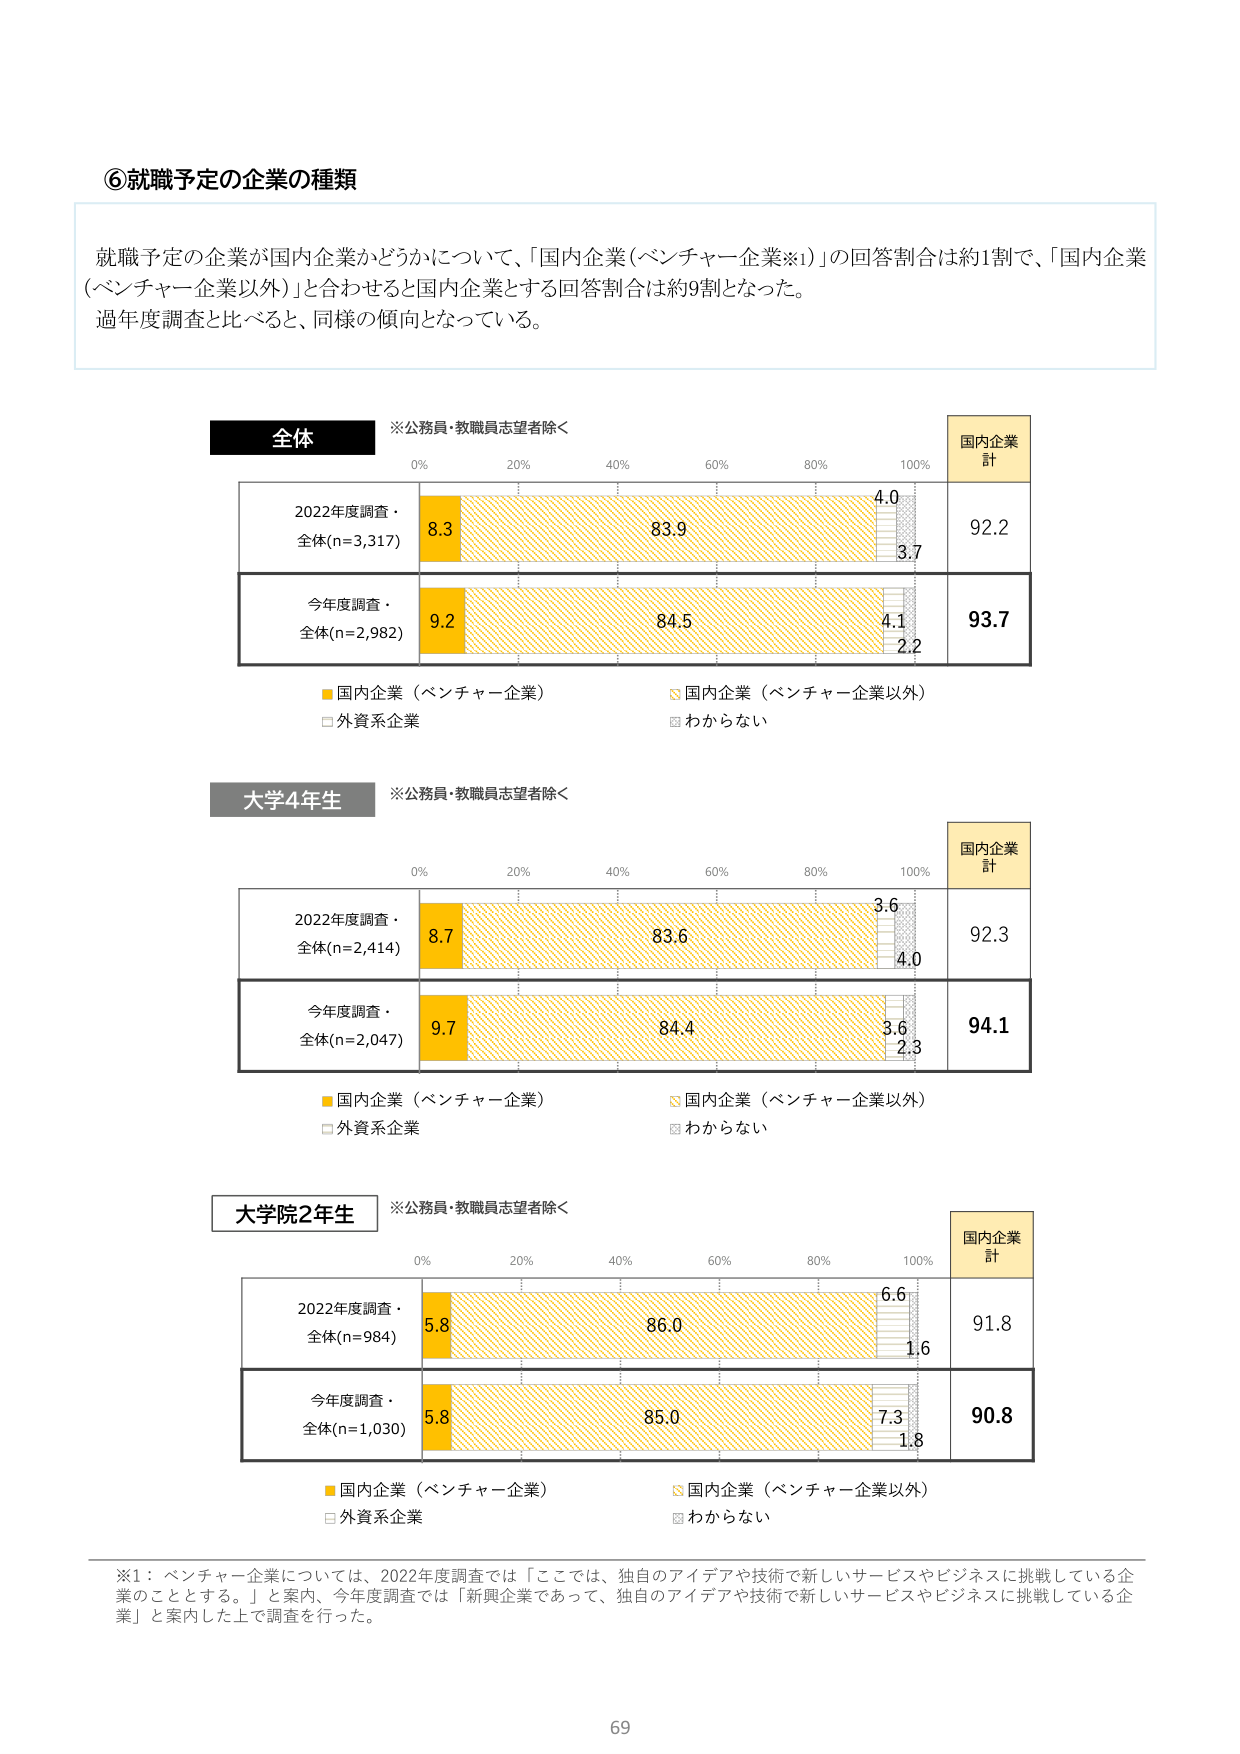
⑥就職予定の企業の種類

就職予定の企業が国内企業かどうかについて、「国内企業（ベンチャー企業※1）」の回答割合は約1割で、「国内企業（ベンチャー企業以外）」と合わせると国内企業とする回答割合は約9割となった。
過年度調査と比べると、同様の傾向となっている。

全体
※公務員・教職員志望者除く

0% 20% 40% 60% 80% 100%
国内企業
計

2022年度調査・
全体(n=3,317)
8.3 83.9 4.0 3.7 92.2

今年度調査・
全体(n=2,982)
9.2 84.5 4.1 2.2 93.7

■国内企業（ベンチャー企業）
□外資系企業
◇国内企業（ベンチャー企業以外）
■わからない

大学4年生
※公務員・教職員志望者除く

0% 20% 40% 60% 80% 100%
国内企業
計

2022年度調査・
全体(n=2,414)
8.7 83.6 3.6 4.0 92.3

今年度調査・
全体(n=2,047)
9.7 84.4 3.6 2.3 94.1

■国内企業（ベンチャー企業）
□外資系企業
◇国内企業（ベンチャー企業以外）
■わからない

大学院2年生
※公務員・教職員志望者除く

0% 20% 40% 60% 80% 100%
国内企業
計

2022年度調査・
全体(n=984)
5.8 86.0 6.6 1.6 91.8

今年度調査・
全体(n=1,030)
5.8 85.0 7.3 1.8 90.8

■国内企業（ベンチャー企業）
□外資系企業
◇国内企業（ベンチャー企業以外）
■わからない

※1：ベンチャー企業については、2022年度調査では「ここでは、独自のアイデアや技術で新しいサービスやビジネスに挑戦している企業のこととする。」と案内、今年度調査では「新興企業であって、独自のアイデアや技術で新しいサービスやビジネスに挑戦している企業」と案内した上で調査を行った。

69